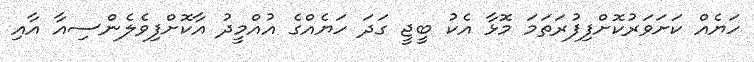
ހަޔެއް ކަށަވަރުކޮށްފިފުރަތަމަ މޮޅާ އެކު ބީޖީ ގަދަ ހަޔެއްގެ އުއްމީދު އާކޮށްފިވެލެންސިއާ އާއި